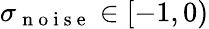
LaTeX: \sigma_{\mathrm{~n~o~i~s~e~}}\in[-1,0)